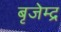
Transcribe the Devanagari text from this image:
बृजेम्द्र